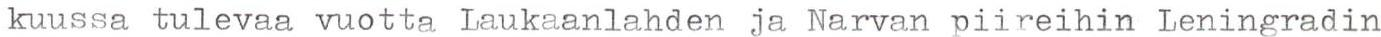
kuussa tulevaa vuotta Laukaanlahden ja Narvan piireihin Leningradin